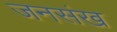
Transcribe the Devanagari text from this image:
जनसंख